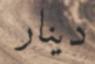
دينار